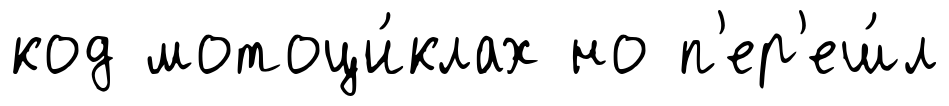
код мотоци́клах но п'ер'еш́л